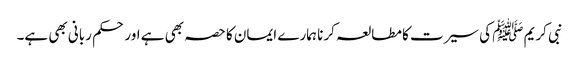
نبی کریم ﷺ کی سیرت کا مطالعہ کرنا ہمارے ایمان کا حصہ بھی ہے اور حکم ربانی بھی ہے۔